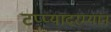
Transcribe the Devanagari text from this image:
टप्प्यादरम्यान